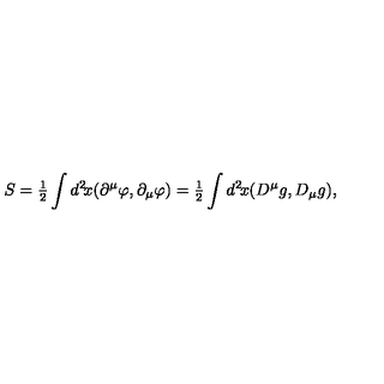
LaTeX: S = { \textstyle { \frac { 1 } { 2 } } } \int d ^ { 2 } \! x ( \partial ^ { \mu } \varphi , \partial _ { \mu } \varphi ) = { \textstyle { \frac { 1 } { 2 } } } \int d ^ { 2 } \! x ( D ^ { \mu } g , D _ { \mu } g ) ,